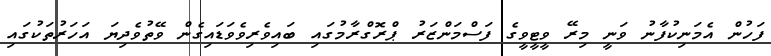
ފަހުން އެމަނިކުފާނު ވަނީ މިރޭ ވީޓީވީގެ ފަސްމަންޒަރު ޕްރޮގްރާމުގައި ބައިވެރިވެވަޑައިގެން ވޭތުވެދިޔަ އަހަރުތަކުގައި